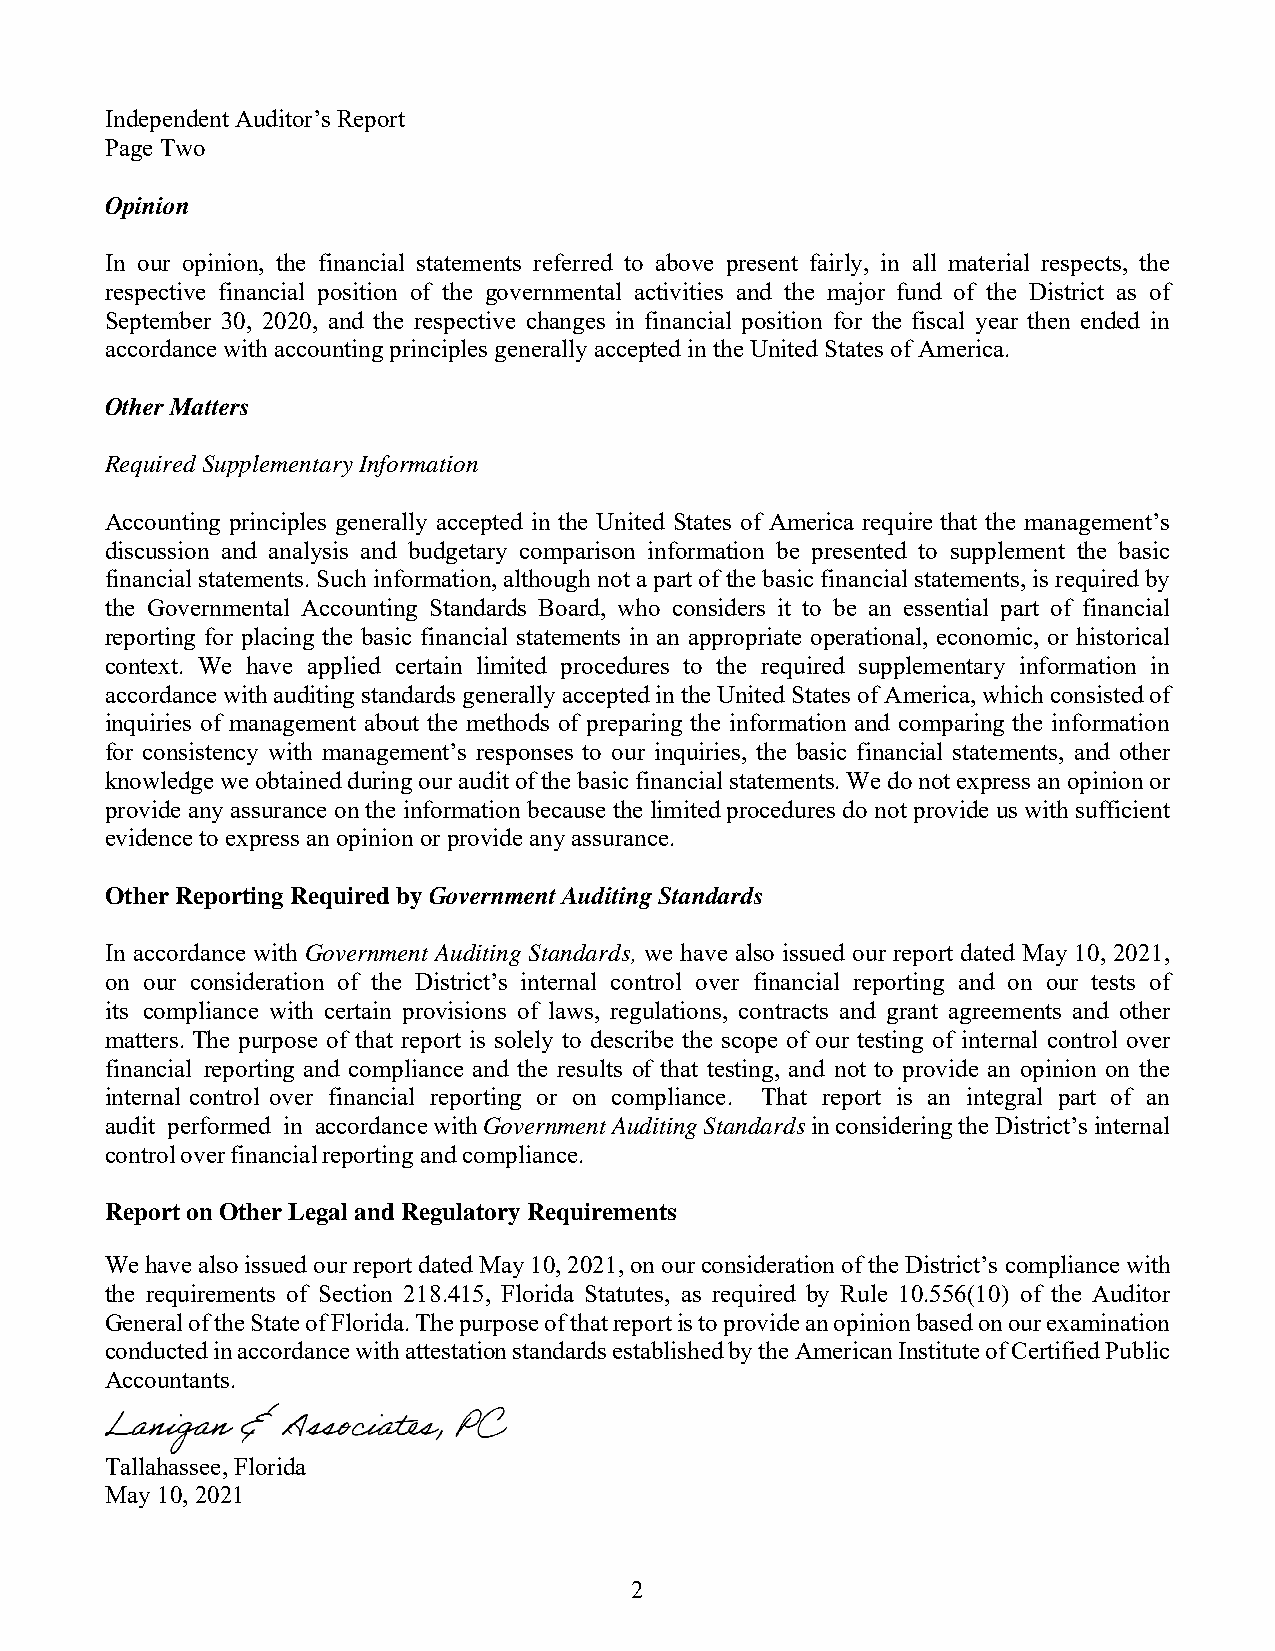
Independent Auditor’s Report
 Page Two
 Opinion
 In our opinion, the financial statements referred to above present fairly, in all material respects, the
 respective financial position of the governmental activities and the major fund of the District as of
 September 30, 2020, and the respective changes in financial position for the fiscal year then ended in
 accordance with accounting principles generally accepted in the United States of America.
 Other Matters
 Required Supplementary Information
 Accounting principles generally accepted in the United States of America require that the management’s
 discussion and analysis and budgetary comparison information be presented to supplement the basic
 financial statements. Such information, although not a part of the basic financial statements, is required by
 the Governmental Accounting Standards Board, who considers it to be an essential part of financial
 reporting for placing the basic financial statements in an appropriate operational, economic, or historical
 context. We have applied certain limited procedures to the required supplementary information in
 accordance with auditing standards generally accepted in the United States of America, which consisted of
 inquiries of management about the methods of preparing the information and comparing the information
 for consistency with management’s responses to our inquiries, the basic financial statements, and other
 knowledge we obtained during our audit of the basic financial statements. We do not express an opinion or
 provide any assurance on the information because the limited procedures do not provide us with sufficient
 evidence to express an opinion or provide any assurance.
 Other Reporting Required by Government Auditing Standards
 In accordance with Government Auditing Standards, we have also issued our report dated May 10, 2021,
 on our consideration of the District’s internal control over financial reporting and on our tests of
 its compliance with certain provisions of laws, regulations, contracts and grant agreements and other
 matters. The purpose of that report is solely to describe the scope of our testing of internal control over
 financial reporting and compliance and the results of that testing, and not to provide an opinion on the
 internal control over financial reporting or on compliance. That report is an integral part of an
 audit performed in accordance with Government Auditing Standards in considering the District’s internal
 control over financial reporting and compliance.
 Report on Other Legal and Regulatory Requirements
 We have also issued our report dated May 10, 2021, on our consideration of the District’s compliance with
 the requirements of Section 218.415, Florida Statutes, as required by Rule 10.556(10) of the Auditor
 General of the State of Florida. The purpose of that report is to provide an opinion based on our examination
 conducted in accordance with attestation standards established by the American Institute of Certified Public
 Accountants.
 Tallahassee, Florida
 May 10, 2021
 2